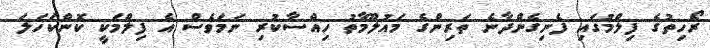
ރޯހިތުގެ ފިލްމުގައި ފެނިގެންދާނެ ތަރިންގެ މައުލޫމާތު ހިއްސާކުރި ނަމަވެސް އެ ފިލްމަކީ ކޮންކަހަލަ